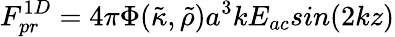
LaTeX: F_{pr}^{1D}=4\pi\Phi({\tilde{\kappa}},{\tilde{\rho}})a^{3}kE_{ac}sin(2kz)